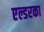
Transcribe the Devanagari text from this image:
एल्डरका